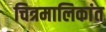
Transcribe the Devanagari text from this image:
चित्रमालिकांत